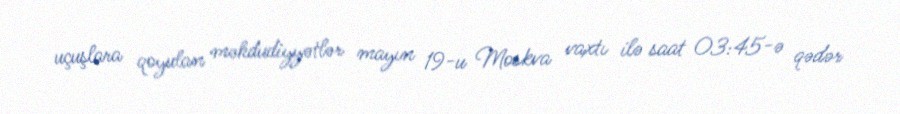
uçuşlara qoyulan məhdudiyyətlər mayın 19-u Moskva vaxtı ilə saat 03:45-ə qədər